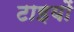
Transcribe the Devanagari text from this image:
टाइयों